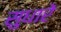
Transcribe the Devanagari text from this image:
सुधारें